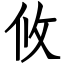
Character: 攸